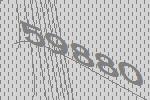
59880